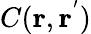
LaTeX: C(\mathbf{r},\mathbf{r^{'}})